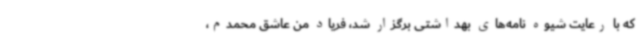
که با رعایت شیوه نامه‌های بهداشتی برگزار شد، فریاد من عاشق محمدم،